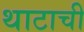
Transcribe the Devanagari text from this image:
थाटाची